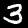
Digit: 3